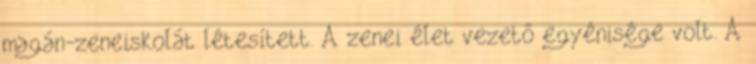
magán-zeneiskolát létesített. A zenei élet vezető egyénisége volt. A